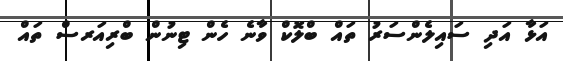
އަޅާ އަދި ސައިލެންސަރު ތައް ބްލޮކް ވާނެ ހެން ޓިނުން ބްރިއަރސް ތައް